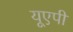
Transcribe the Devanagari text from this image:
यूएपी